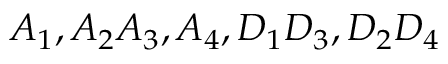
A _ { 1 } , A _ { 2 } A _ { 3 } , A _ { 4 } , D _ { 1 } D _ { 3 } , D _ { 2 } D _ { 4 }